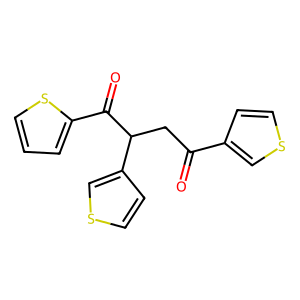
SMILES: O=C(CC(C(=O)c1cccs1)c1ccsc1)c1ccsc1
Inhibits HIV replication: No